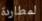
لمطاردة